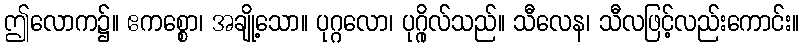
ဤလောက၌။ ဧကစ္စော၊ အချို့သော။ ပုဂ္ဂလော၊ ပုဂ္ဂိုလ်သည်။ သီလေန၊ သီလဖြင့်လည်းကောင်း။